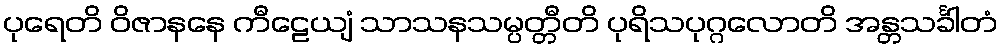
ပုရေတိ ဝိဇာနနေ ကီဠေယျံ သာသနသမ္ပတ္တီတိ ပုရိသပုဂ္ဂလောတိ အန္တသင်္ခါတံ